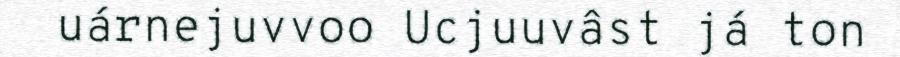
uárnejuvvoo Ucjuuvâst já ton